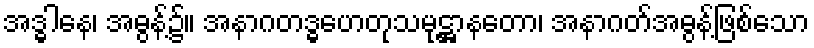
အဒ္ဓါနေ၊ အဓွန့်၌။ အနာဂတဒ္ဓဟေတုသမုဋ္ဌာနတော၊ အနာဂတ်အဓွန့်ဖြစ်သော